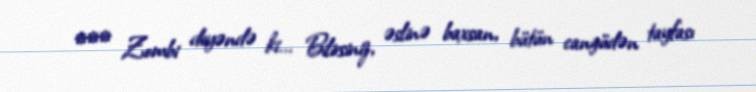
*** Zombi deyəndə ki... Bilirsiniz, əslinə baxsan, bütün cangüdən tayfası